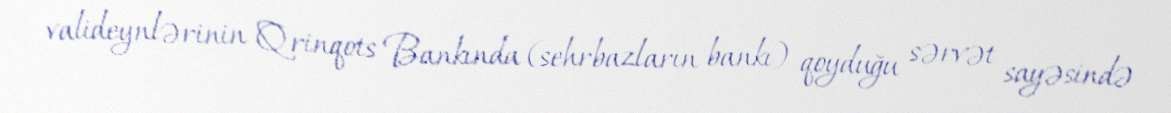
valideynlərinin Qrinqots Bankında (sehrbazların bankı) qoyduğu sərvət sayəsində